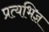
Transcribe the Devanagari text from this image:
प्रत्यभिज्ञ